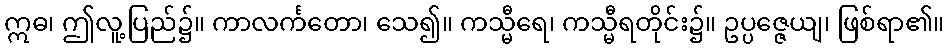
ဣဓ၊ ဤလူ့ပြည်၌။ ကာလင်္ကတော၊ သေ၍။ ကသ္မီရေ၊ ကသ္မီရတိုင်း၌။ ဥပ္ပဇ္ဇေယျ၊ ဖြစ်ရာ၏။